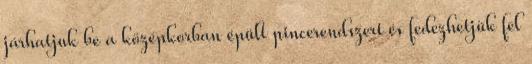
járhatjuk be a középkorban épült pincerendszert és fedezhetjük fel